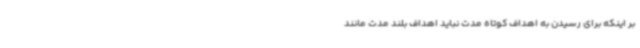
بر اینکه برای رسیدن به اهداف کوتاه مدت نباید اهداف بلند مدت مانند